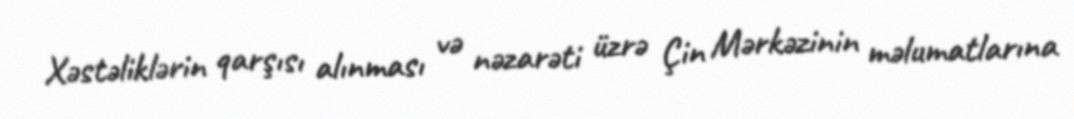
Xəstəliklərin qarşısı alınması və nəzarəti üzrə Çin Mərkəzinin məlumatlarına